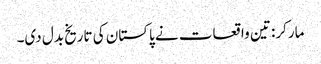
مارکر: تین واقعات نے پاکستان کی تاریخ بدل دی۔